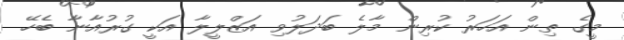
މީގެ ތިން އަހަރު ކުރިން މާލެ ބަދަލުވި އަޒްލީލާ އަކީ ގުރުއާނާ ބެހޭ